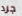
جرد